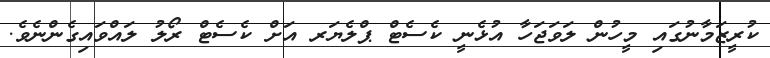
ކުރީޒަމާނުގައި މީހުން ލަވަޖަހާ އުޅެނީ ކެސެޓް ޕްލެޔަރ އަށް ކެސެޓް ރޯލު ލައްވައިގެންނެވެ.